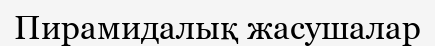
Пирамидалық жасушалар